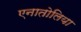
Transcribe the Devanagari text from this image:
एनातोलिया